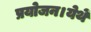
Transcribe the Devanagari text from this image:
प्रयोजन।येथें